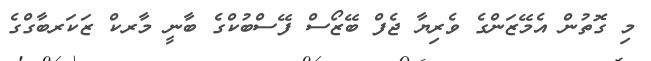
މި ގޮތުން އެމޭޒަންގެ ވެރިޔާ ޖެފް ބޭޒޯސް ފޭސްބުކްގެ ބާނީ މާރކް ޒަކަރބާގްގެ